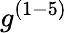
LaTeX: g^{(1-5)}